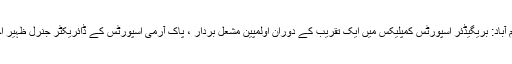
اسلام آباد: بریگیڈئر اسپورٹس کمپلیکس میں ایک تقریب کے دوران اولمپین مشعل بردار ، پاک آرمی اسپورٹس کے ڈائریکٹر جنرل ظہیر اختر۔